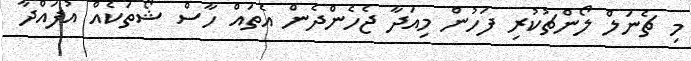
މި ޗެނަލް ލޯންޗުކުރި ފަހުން މިއަދާ ޖެހެންދެން އެތައް ހާސް ޝޯތަކެއް އުފައްދާ